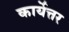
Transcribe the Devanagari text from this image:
कार्येत्तर